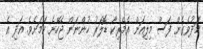
މަދުވެގެން ފަސް މިލިއަން އެމެރިކާ ޑޮލަރު ހުންނަން ޖެހޭނެ ކަމަށެވެ. އަދި އެ